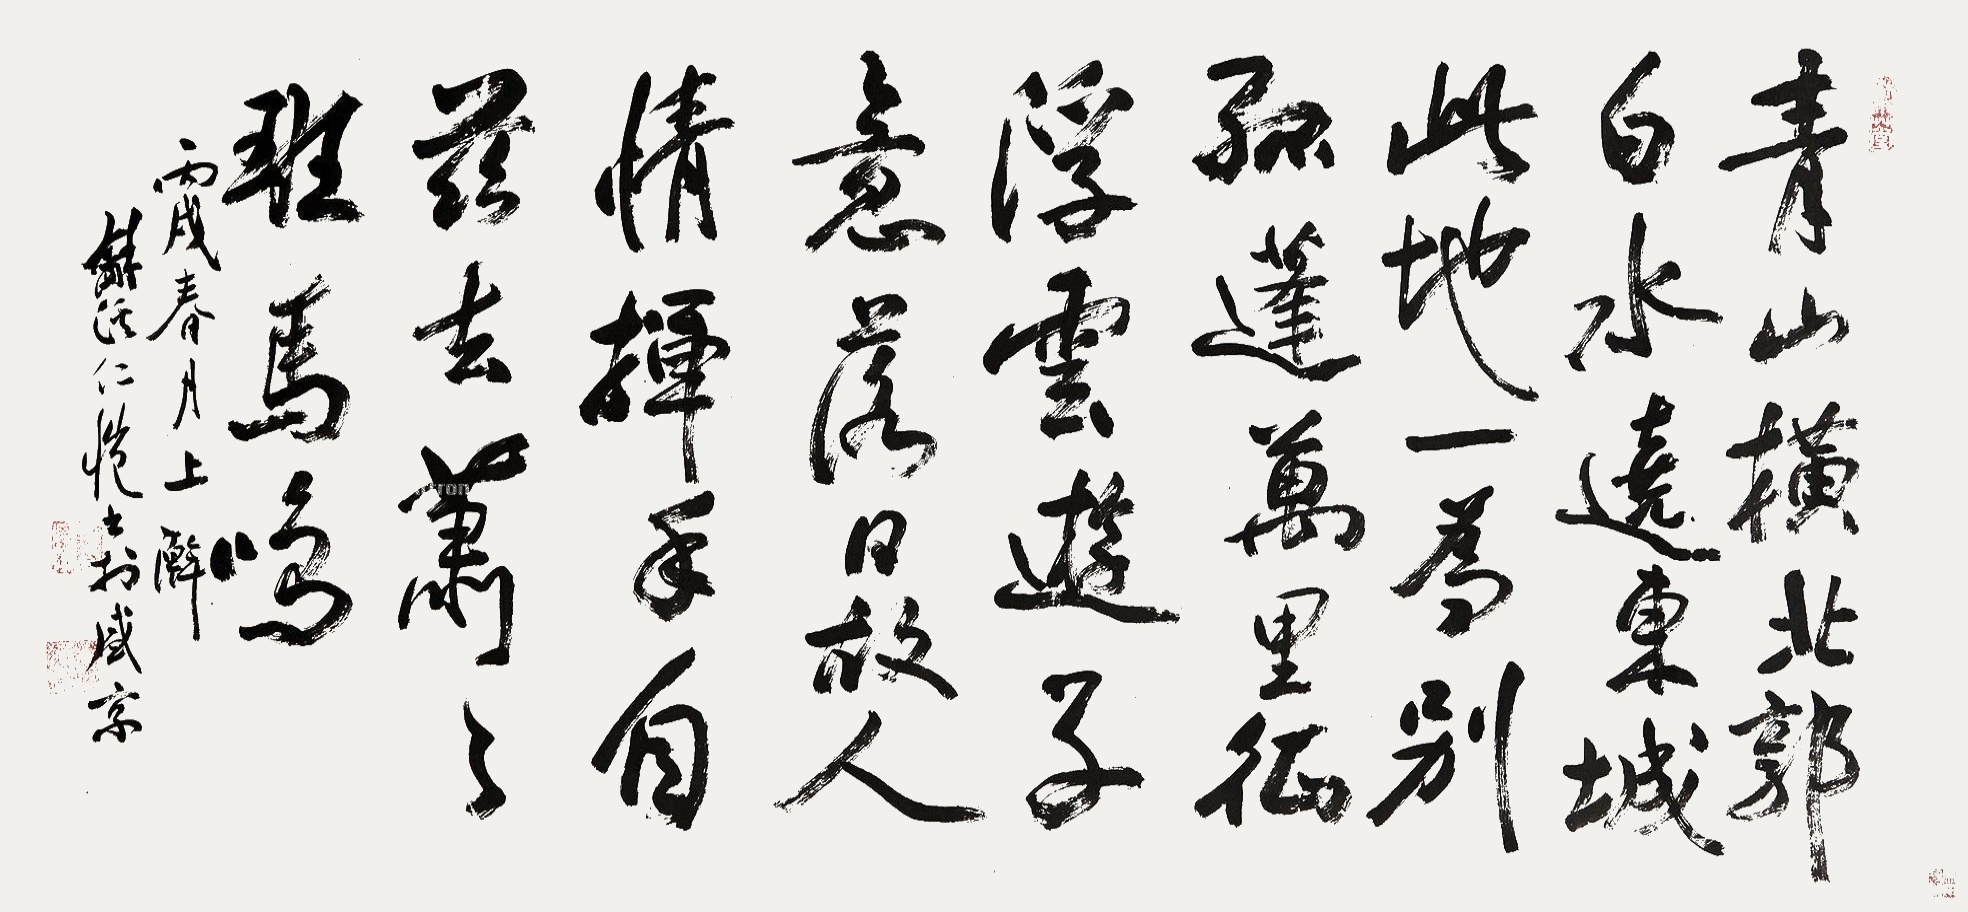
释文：青山横北郭，白水绕东城。此地一为别，孤蓬万里征。浮云游子意，落日故人情。挥手自兹去，萧萧班马鸣。丙戌（2006年）春月上瀚龢溪仁恺书于盛京。